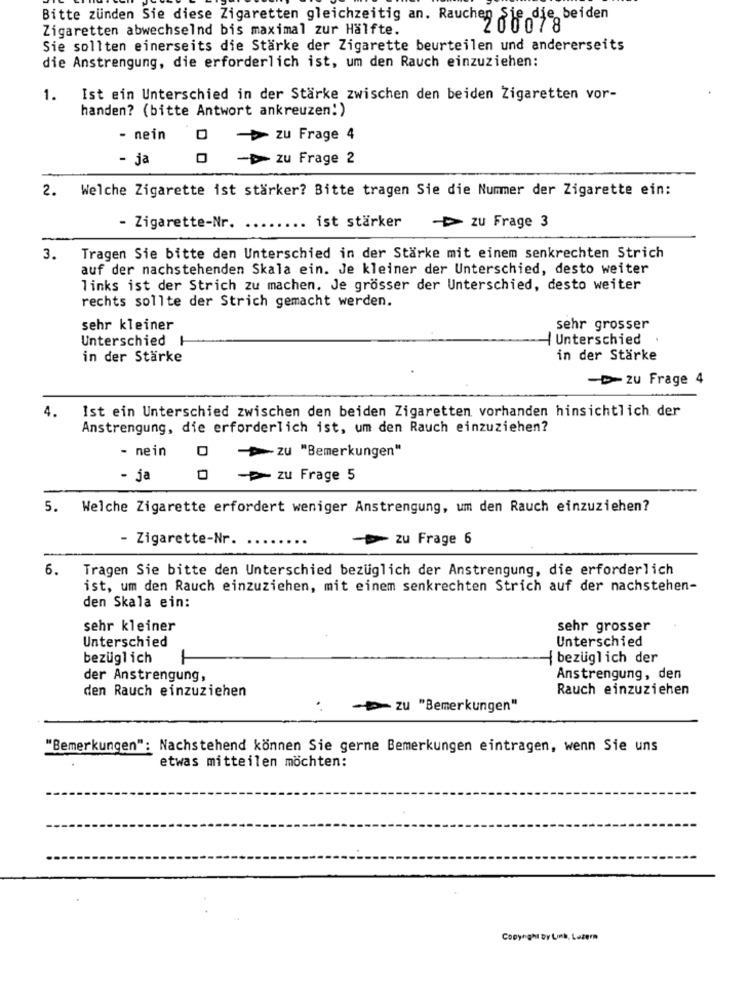
Sie die beiden
Zigaretten abwechselnd bis maximal zur Hälfte.
Bitte zünden Sie diese Zigaretten gleichzeitig an. Rauchen ono 7 8
Sie sollten einerseits die Stärke der Zigarette beurteilen und andererseits
die Anstrengung, die erforderlich ist, um den Rauch einzuziehen:
1.
Ist ein Unterschied in der Stärke zwischen den beiden Zigaretten vor-
handen? (bitte Antwort ankreuzen!)
- nein
0 - zu Frage 4
- ja
0 - zu Frage 2
2. Welche Zigarette ist stärker? Bitte tragen Sie die Nummer der Zigarette ein:
ist stärker
- Zigarette-Nr.
zu Frage 3
3.
Tragen Sie bitte den Unterschied in der Stärke mit einem senkrechten Strich
auf der nachstehenden Skala ein. Je kleiner der Unterschied, desto weiter
links ist der Strich zu machen. Je grösser der Unterschied, desto weiter
rechts sollte der Strich gemacht werden.
sehr kleiner
sehr grosser
/ Unterschied
Unterschied I
in der Stärke
in der Stärke
-zu Frage 4
4.
Ist ein Unterschied zwischen den beiden Zigaretten vorhanden hinsichtlich der
Anstrengung, die erforderlich ist, um den Rauch einzuziehen?
- nein
0
">zu "Bemerkungen"
- ja
- zu Frage 5
5.
Welche Zigarette erfordert weniger Anstrengung, um den Rauch einzuziehen?
- Zigarette-Nr.
zu Frage 6
6. Tragen Sie bitte den Unterschied bezüglich der Anstrengung, die erforderlich
ist, um den Rauch einzuziehen, mit einem senkrechten Strich auf der nachstehen-
den Skala ein:
sehr kleiner
sehr grosser
Unterschied
Unterschied
bezüglich
{ bezüglich der
der Anstrengung,
Anstrengung, den
den Rauch einzuziehen
Rauch einzuziehen
.
- zu "Bemerkungen"
"Bemerkungen": Nachstehend können Sie gerne Bemerkungen eintragen, wenn Sie uns
etwas mitteilen möchten:
Copyright by Link, Luzern